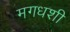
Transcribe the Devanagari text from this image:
मगधशी